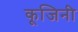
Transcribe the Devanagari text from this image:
कूजिनी